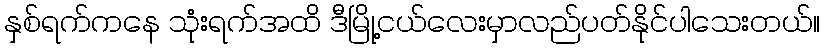
နှစ်ရက်ကနေ သုံးရက်အထိ ဒီမြို့ငယ်လေးမှာလည်ပတ်နိုင်ပါသေးတယ်။